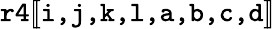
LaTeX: \texttt{r4}[\! [\texttt{i,j,k,l,a,b,c,d}]\! ]